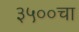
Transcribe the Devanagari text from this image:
३५००चा